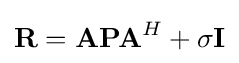
{\bf {R}}={\bf {A}}{\bf {P}}{\bf {A}}^{H}+\sigma {\bf {I}}